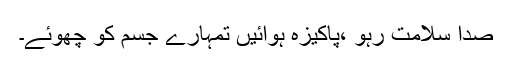
صدا سلامت رہو ،پاکیزہ ہوائیں تمہارے جسم کو چھوئے۔